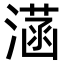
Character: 𣼏